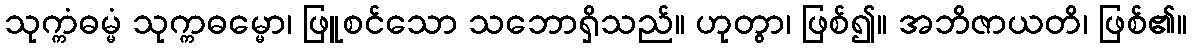
သုက္ကံဓမ္မံ သုက္ကဓမ္မော၊ ဖြူစင်သော သဘောရှိသည်။ ဟုတွာ၊ ဖြစ်၍။ အဘိဇာယတိ၊ ဖြစ်၏။